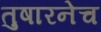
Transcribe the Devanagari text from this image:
तुषारनेच